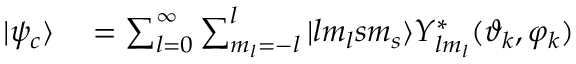
\begin{array} { r l } { | \psi _ { c } \rangle } & { { } = \sum _ { l = 0 } ^ { \infty } \sum _ { m _ { l } = - l } ^ { l } | l m _ { l } s m _ { s } \rangle Y _ { l m _ { l } } ^ { * } ( \vartheta _ { k } , \varphi _ { k } ) } \end{array}